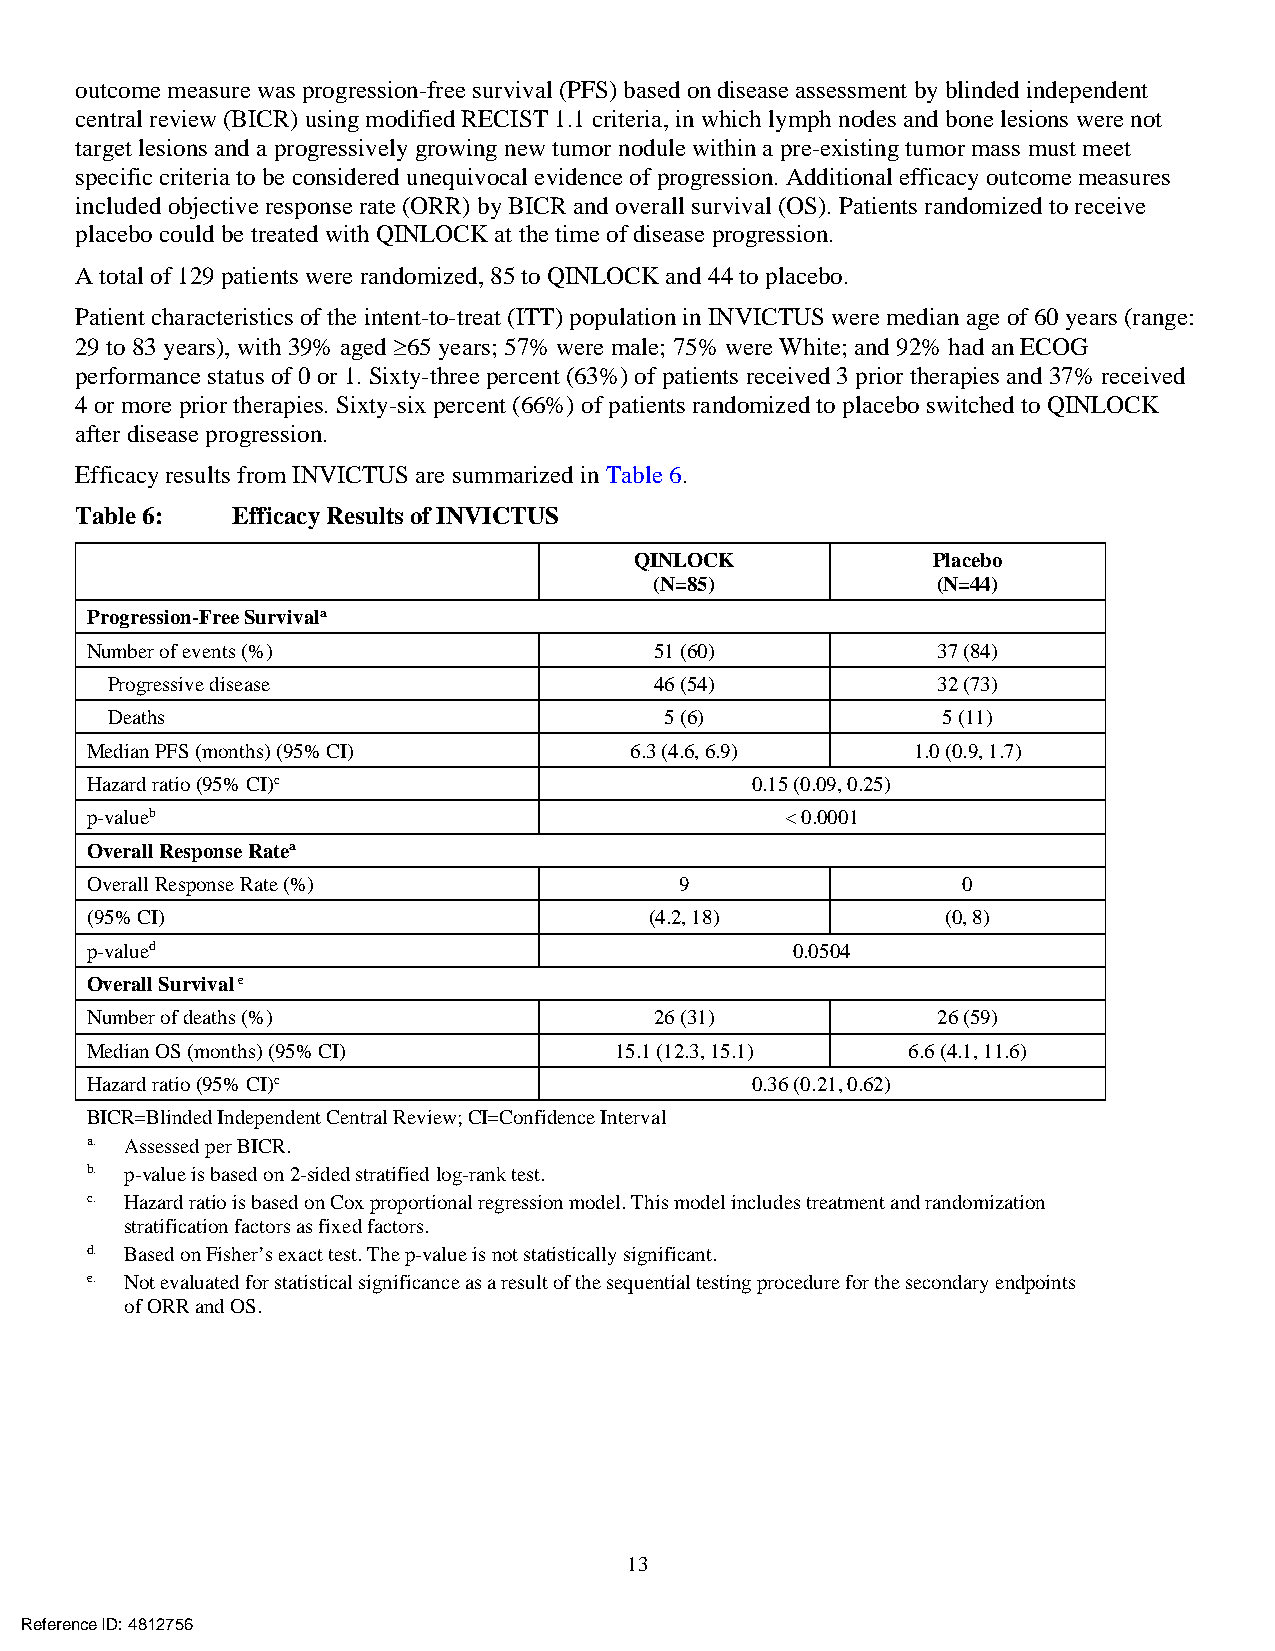
outcome measure was progression-free survival (PFS) based on disease assessment by blinded independent
 central review (BICR) using modified RECIST 1.1 criteria, in which lymph nodes and bone lesions were not
 target lesions and a progressively growing new tumor nodule within a pre-existing tumor mass must meet
 specific criteria to be considered unequivocal evidence of progression. Additional efficacy outcome measures
 included objective response rate (ORR) by BICR and overall survival (OS). Patients randomized to receive
 placebo could be treated with QINLOCK at the time of disease progression.
 A total of 129 patients were randomized, 85 to QINLOCK and 44 to placebo.
 Patient characteristics of the intent-to-treat (ITT) population in INVICTUS were median age of 60 years (range:
 29 to 83 years), with 39% aged ≥65 years; 57% were male; 75% were White; and 92% had an ECOG
 performance status of 0 or 1. Sixty-three percent (63%) of patients received 3 prior therapies and 37% received
 4 or more prior therapies. Sixty-six percent (66%) of patients randomized to placebo switched to QINLOCK
 after disease progression.
 Efficacy results from INVICTUS are summarized in Table 6.
 Table 6:  Efficacy Results of INVICTUS
 QINLOCK             Placebo
 (N=85)             (N=44)
 Progression-Free Survivala
 Number of events (%)                 51 (60)            37 (84)
 Progressive disease                 46 (54)            32 (73)
 Deaths                               5 (6)             5 (11)
 Median PFS (months) (95% CI)        6.3 (4.6, 6.9)    1.0 (0.9, 1.7)
 Hazard ratio (95% CI)c                      0.15 (0.09, 0.25)
 p-valueb                                      < 0.0001
 Overall Response Ratea
 Overall Response Rate (%)              9                  0
 (95% CI)                             (4.2, 18)           (0, 8)
 p-valued                                       0.0504
 Overall Survival e
 Number of deaths (%)                 26 (31)            26 (59)
 Median OS (months) (95% CI)        15.1 (12.3, 15.1)  6.6 (4.1, 11.6)
 Hazard ratio (95% CI)c                      0.36 (0.21, 0.62)
 BICR=Blinded Independent Central Review; CI=Confidence Interval
 a. Assessed per BICR.
 b. p-value is based on 2-sided stratified log-rank test.
 c. Hazard ratio is based on Cox proportional regression model. This model includes treatment and randomization
 stratification factors as fixed factors.
 d. Based on Fisher’s exact test. The p-value is not statistically significant.
 e. Not evaluated for statistical significance as a result of the sequential testing procedure for the secondary endpoints
 of ORR and OS.
 13
 Reference ID: 4812756